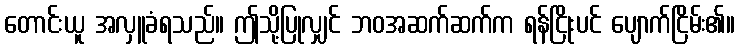
တောင်းယူ အလှူခံရသည်။ ဤသို့ပြုလျှင် ဘဝအဆက်ဆက်က ရန်ငြိုးပင် ပျောက်ငြိမ်း၏။